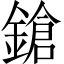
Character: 鎗